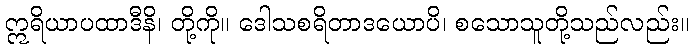
ဣရိယာပထာဒီနိ၊ တို့ကို။ ဒေါသစရိတာဒယောပိ၊ စသောသူတို့သည်လည်း။